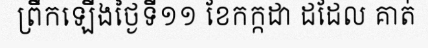
ព្រឹកឡើងថ្ងៃទី១១ ខែកក្កដា ដដែល គាត់